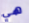
هي